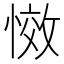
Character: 𭞆